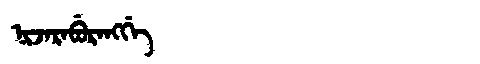
Manchu: ᠨᡳᠵᠠᡵᠠᠪᡠᡵᠠᠩᡤᡝ
Romanization: NIJARABURANGGE